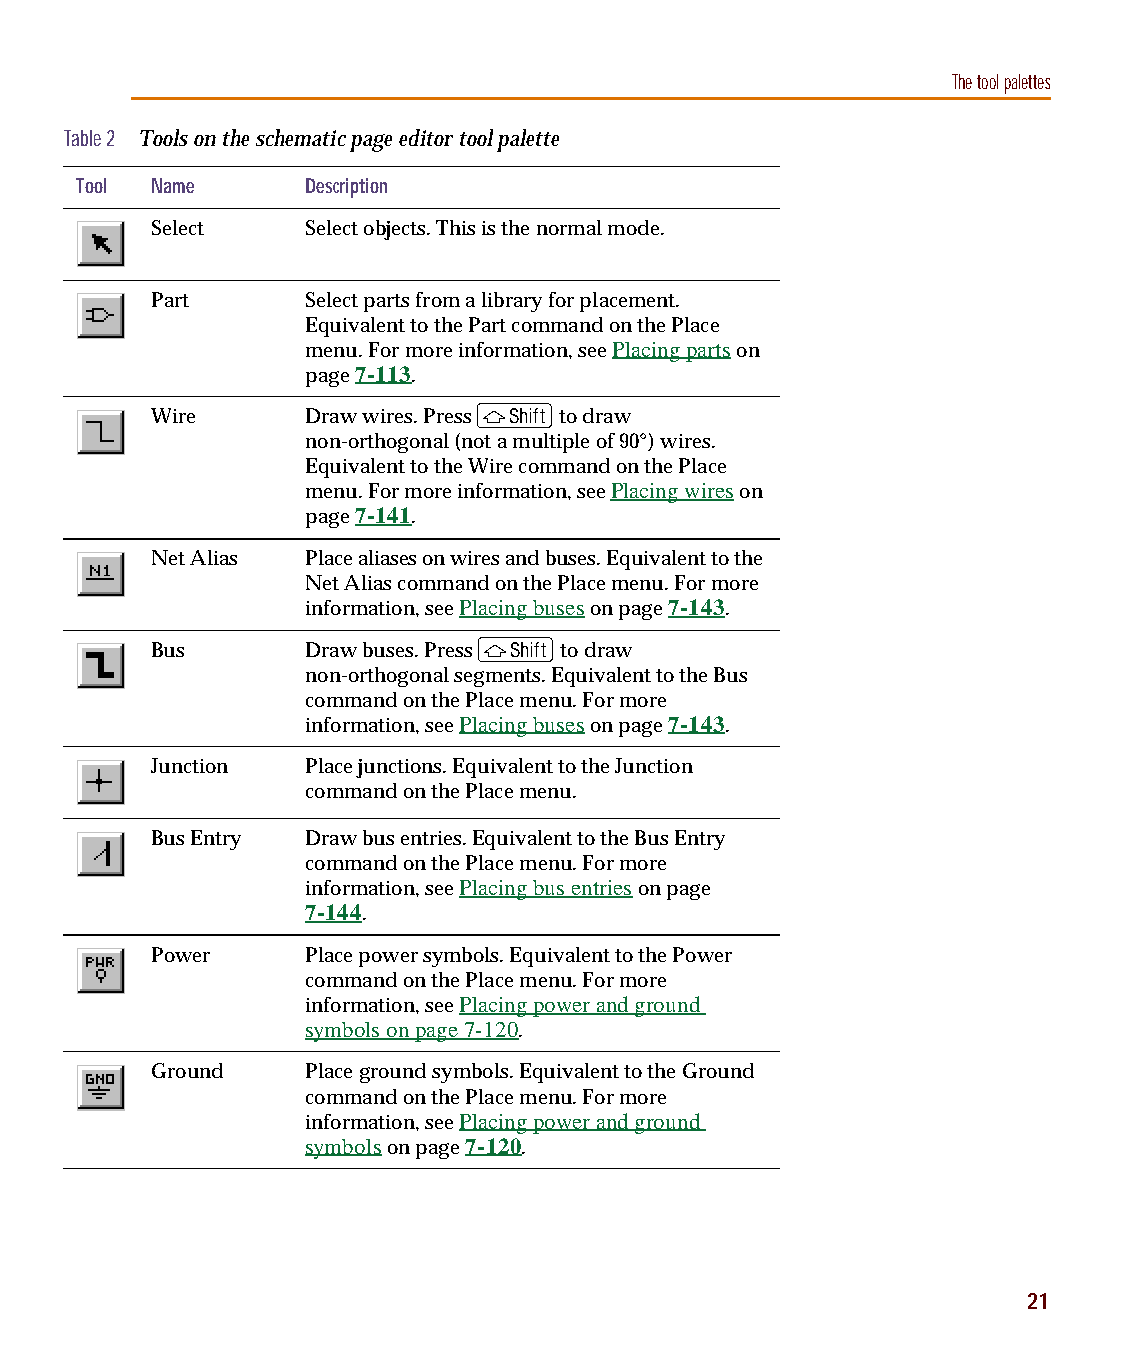
capug.book Page 21 Thursday, November 12, 1998 3:38 PM
 The tool palettes
 Table 2 Tools on the schematic page editor tool palette
 Tool Name      Description
 Select    Select objects. This is the normal mode.
 Part      Select parts from a library for placement.
 Equivalent to the Part command on the Place
 menu. For more information, see Placing parts on
 page 7-113.
 S
 Wire      Draw wires. Press to draw
 non-orthogonal (not a multiple of 90°) wires.
 Equivalent to the Wire command on the Place
 menu. For more information, see Placing wires on
 page 7-141.
 Net Alias Place aliases on wires and buses. Equivalent to the
 Net Alias command on the Place menu. For more
 information, see Placing buses on page 7-143.
 S
 Bus       Draw buses. Press to draw
 non-orthogonal segments. Equivalent to the Bus
 command on the Place menu. For more
 information, see Placing buses on page 7-143.
 Junction  Place junctions. Equivalent to the Junction
 command on the Place menu.
 Bus Entry Draw bus entries. Equivalent to the Bus Entry
 command on the Place menu. For more
 information, see Placing bus entries on page
 7-144.
 Power     Place power symbols. Equivalent to the Power
 command on the Place menu. For more
 information, see Placing power and ground
 symbols on page7-120.
 Ground    Place ground symbols. Equivalent to the Ground
 command on the Place menu. For more
 information, see Placing power and ground
 symbols on page 7-120.
 21